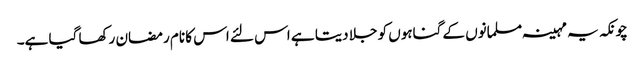
چونکہ یہ مہینہ مسلمانوں کے گناہوں کو جلا دیتا ہے اس لئے اس کا نام رمضان رکھا گیا ہے۔